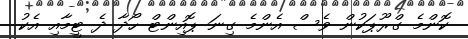
ކޮންމެ ގްރޫޕަކުން ވެސް އެންމެ ގިނަ ޕޮއިންޓް ހޯދާ ދެ ޓީމާއި އެކު